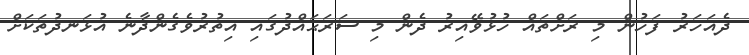
ދެއަހަރު ފަހުން މި ރަށްތައް ހުޅުވޭއިރު ދެން މި ސަރަޙައްދުގައި އިތުރުވެގެންދާނެ އުޅަނދުތަކަށް